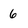
Character: 6